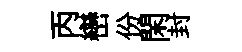
丙巒份閑封